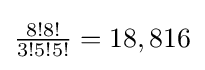
\textstyle {\frac {8!8!}{3!5!5!}}=18,816